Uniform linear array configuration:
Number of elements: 64
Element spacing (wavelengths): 0.75
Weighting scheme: hamming
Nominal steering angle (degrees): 60
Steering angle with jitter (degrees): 61.885
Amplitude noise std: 0.05
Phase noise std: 0.05

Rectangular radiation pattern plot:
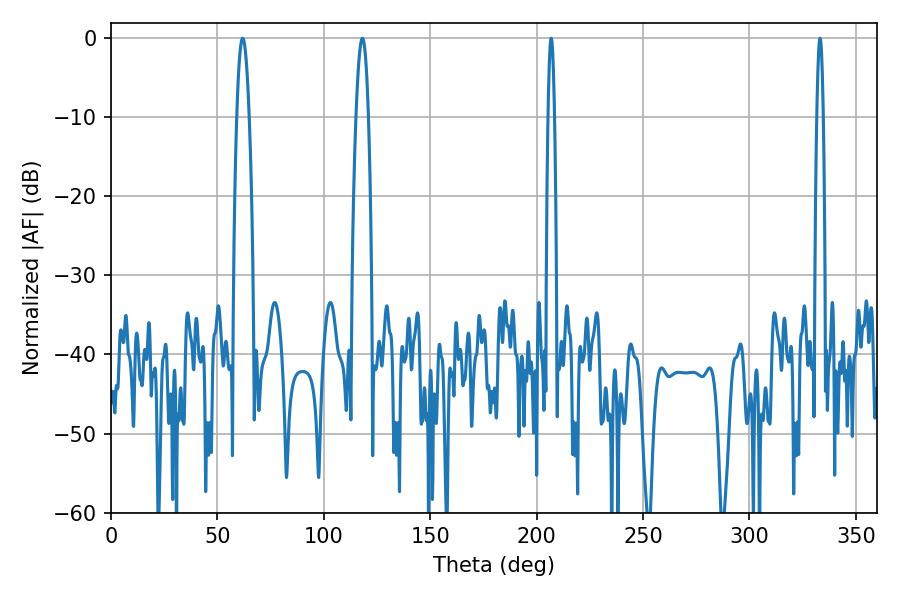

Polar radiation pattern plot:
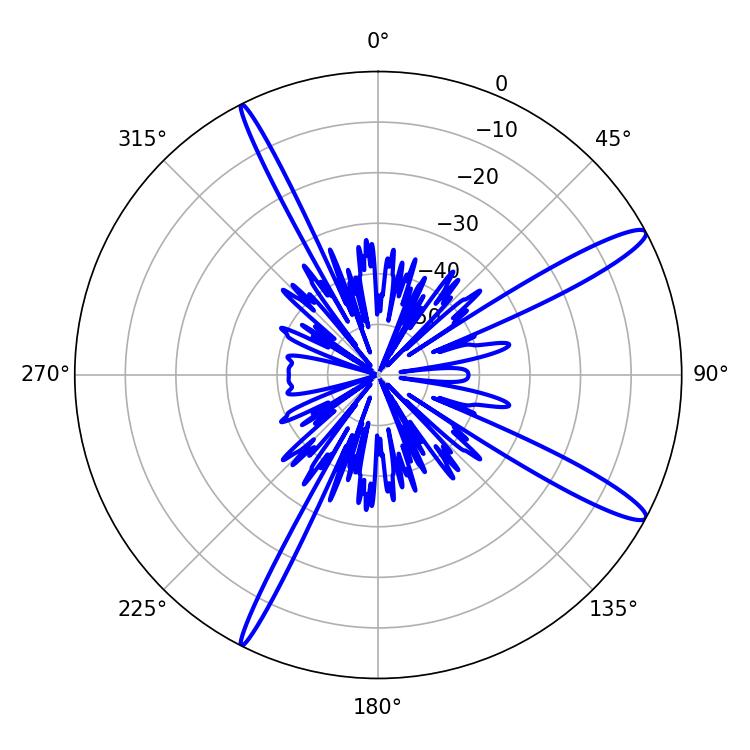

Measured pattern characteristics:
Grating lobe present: TRUE
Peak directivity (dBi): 14.056
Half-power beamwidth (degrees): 1.62
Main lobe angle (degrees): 206.82